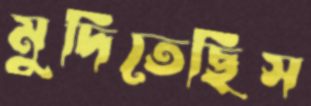
মুদিতেছিস